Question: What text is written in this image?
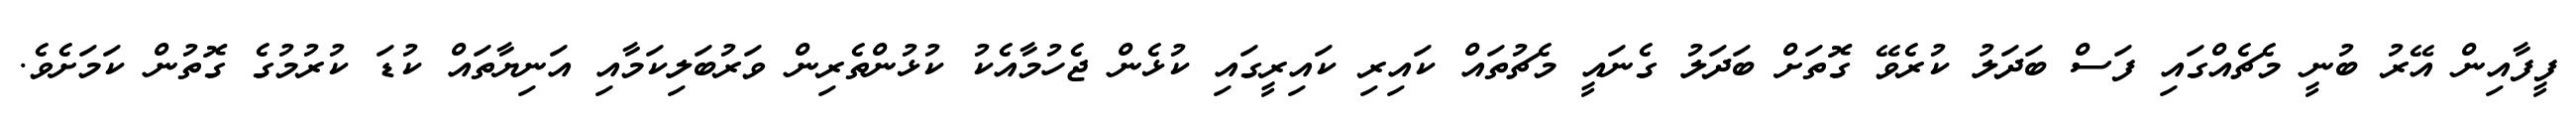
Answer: ފީފާއިން އޭރު ބުނީ މެޗެއްގައި ފަސް ބަދަލު ކުރެވޭ ގޮތަށް ބަދަލު ގެނައީ މެޗުތައް ކައިރި ކައިރީގައި ކުޅެން ޖެހުމާއެކު ކުޅުންތެރިން ވަރުބަލިކަމާއި އަނިޔާތައް ކުޑަ ކުރުމުގެ ގޮތުން ކަމަށެވެ.